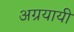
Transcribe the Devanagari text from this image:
अग्रयायी